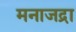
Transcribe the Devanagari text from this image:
मनाजद्रा